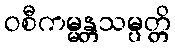
ဝစီကမ္မန္တသမ္ပတ္တိ